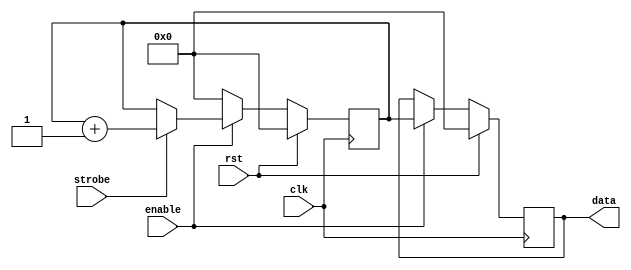
// This program was cloned from: https://github.com/CospanDesign/nysa-sata
// License: MIT License

module hd_data_writer(
    input               clk,
    input               rst,
    input               enable,

    output  reg [31:0]  data,
    input               strobe
);

//Registers and Wires
reg             [31:0]  test_data;

//Submodules

//Asynchronous Logic


//Synchronous Logic
always @ (posedge clk) begin
    if (rst) begin
        test_data       <=  0;
        data            <=  0;
    end
    else begin
        if (enable) begin
            data            <=  test_data;
            if (strobe) begin
                test_data   <=  test_data + 1;
            end
        end
        else begin
            test_data   <=  0;
        end
    end
end

endmodule